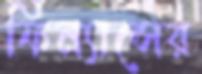
ফিন্যান্সের